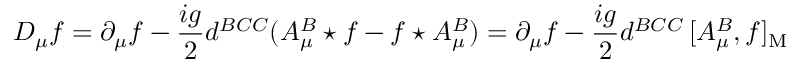
D _ { \mu } f = \partial _ { \mu } f - { \frac { i g } { 2 } } d ^ { B C C } ( A _ { \mu } ^ { B } \star f - f \star A _ { \mu } ^ { B } ) = \partial _ { \mu } f - { \frac { i g } { 2 } } d ^ { B C C } \, [ A _ { \mu } ^ { B } , f ] _ { \mathrm { M } }